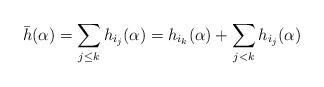
LaTeX: \begin{align*}\bar{h}(\alpha)=\sum_{j\leq k}h_{i_j}(\alpha)=h_{i_k}(\alpha)+\sum_{j< k}h_{i_j}(\alpha)\end{align*}